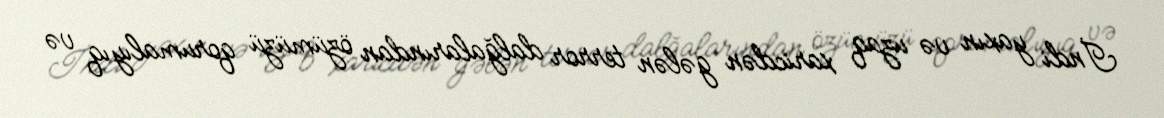
İndi yaxın və uzaq xaricdən gələn terror dalğalarından özümüzü qorumalıyıq və